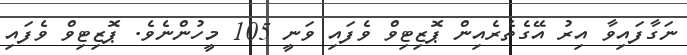
ނަގާފައިވާ އިރު އޭގެތެރެއިން ޕޮޒިޓިވް ވެފައި ވަނީ 105 މީހުންނެވެ. ޕޮޒިޓިވް ވެފައި